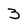
Character: 3